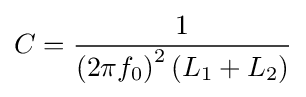
C={\frac {1}{\left(2\pi f_{0}\right)^{2}\left(L_{1}+L_{2}\right)}}